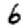
Digit: 6